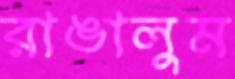
রাঙালুম